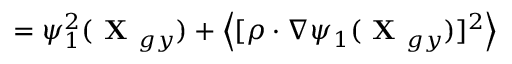
= \psi _ { 1 } ^ { 2 } ( \textbf { X } _ { g y } ) + \left\langle [ \boldsymbol { \rho } \boldsymbol { \cdot } \nabla \psi _ { 1 } ( \textbf { X } _ { g y } ) ] ^ { 2 } \right\rangle